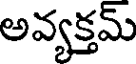
అవ్యక్తమ్